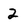
Character: 2